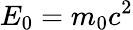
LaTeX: E_{0}=m_{0}c^{2}